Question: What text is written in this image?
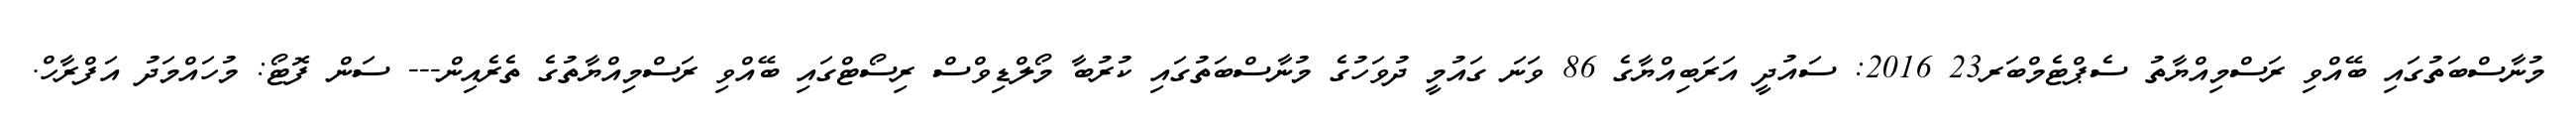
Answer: މުނާސްބަތުގައި ބޭއްވި ރަސްމިއްޔާތު ސެޕްޓެމްބަރ23 2016: ސައުދީ އަރަބިއްޔާގެ 86 ވަނަ ގައުމީ ދުވަހުގެ މުނާސްބަތުގައި ކުރުބާ މޯލްޑިވްސް ރިސޯޓްގައި ބޭއްވި ރަސްމިއްޔާތުގެ ތެރެއިން--- ސަން ފޮޓޯ: މުހައްމަދު އަފްރާހް.